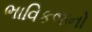
ભાવિકજનો